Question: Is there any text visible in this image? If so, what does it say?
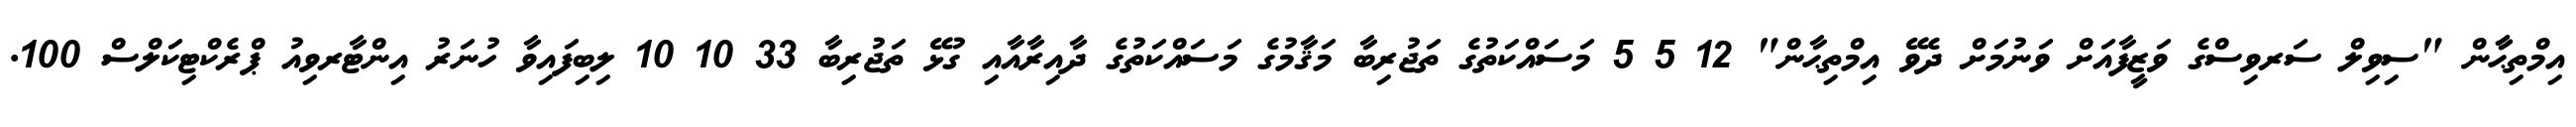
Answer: އިމްތިޙާާން "ސިވިލް ސަރވިސްގެ ވަޒީފާއަށް ވަނުމަށް ދެވޭ އިމްތިޙާން" 12 5 5 މަސައްކަތުގެ ތަޖުރިބާ މަޤާމުގެ މަސައްކަތުގެ ދާއިރާއާއި ގުޅޭ ތަޖުރިބާ 33 10 10 ލިބިފައިވާ ހުނަރު އިންޓާރވިއު ޕްރެކްޓިކަލްސް 100.